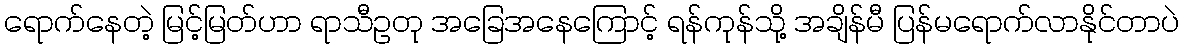
ရောက်နေတဲ့ မြင့်မြတ်ဟာ ရာသီဥတု အခြေအနေကြောင့် ရန်ကုန်သို့ အချိန်မီ ပြန်မရောက်လာနိုင်တာပဲ